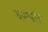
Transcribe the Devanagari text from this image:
वरमांट